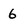
Character: 6